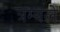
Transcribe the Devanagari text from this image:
त्रम्बले